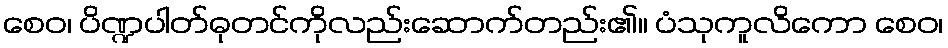
စေဝ၊ ပိဏ္ဍပါတ်ဓုတင်ကိုလည်းဆောက်တည်း၏။ ပံသုကူလိကော စေဝ၊